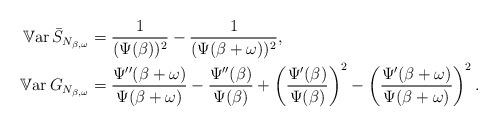
LaTeX: \begin{align*} {\mathbb V}{\rm ar} \,\bar{S}_{N_{\beta,\omega}}& = \frac{1}{(\Psi(\beta))^2} - \frac{1}{(\Psi(\beta+\omega))^2},\\ {\mathbb V}{\rm ar} \,G_{N_{\beta,\omega}} &= \frac{\Psi''(\beta+\omega)}{\Psi(\beta+\omega)} - \frac{\Psi''(\beta)}{\Psi(\beta)} + \left(\frac{\Psi'(\beta)}{\Psi(\beta)}\right)^2 - \left(\frac{\Psi'(\beta+\omega)}{\Psi(\beta+\omega)}\right)^2 .\end{align*}